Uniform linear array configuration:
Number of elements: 24
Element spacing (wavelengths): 0.25
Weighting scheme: cosine
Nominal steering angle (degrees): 0
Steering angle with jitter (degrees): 1.742
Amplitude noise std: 0.05
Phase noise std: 0.05

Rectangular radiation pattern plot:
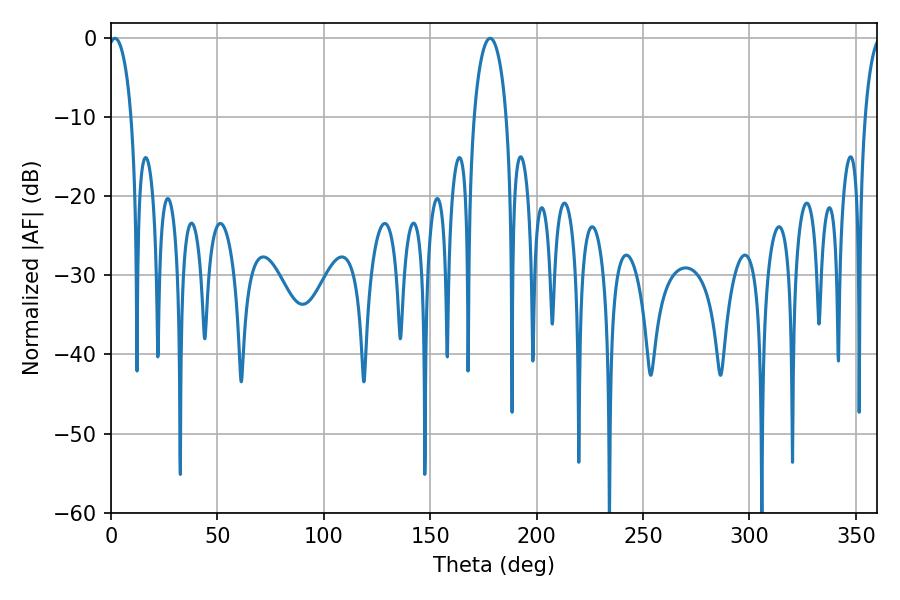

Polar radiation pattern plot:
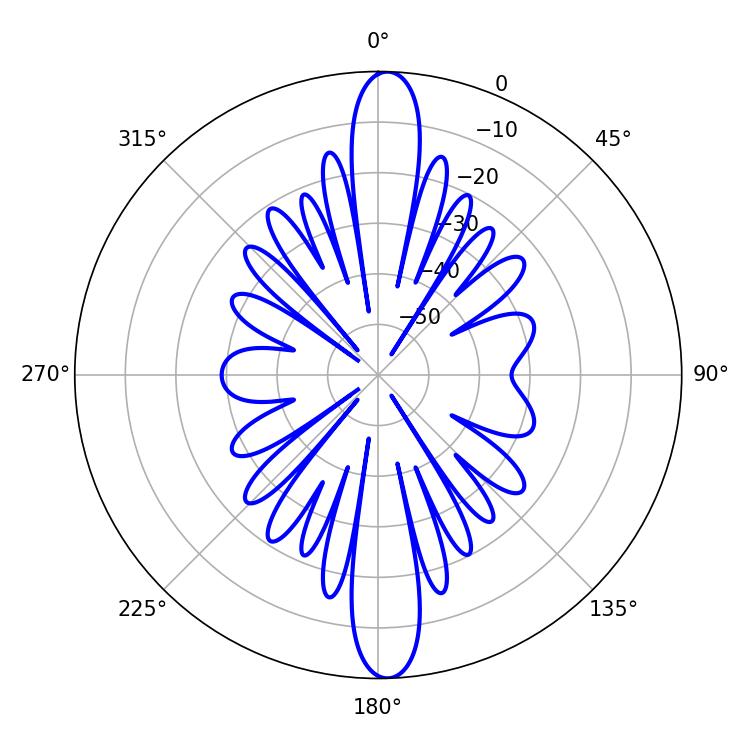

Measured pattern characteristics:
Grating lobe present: FALSE
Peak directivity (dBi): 22.656
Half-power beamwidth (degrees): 6.3
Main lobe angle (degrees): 1.8